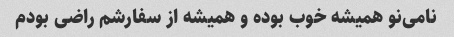
نامی‌نو همیشه خوب بوده و همیشه از سفارشم راضی بودم